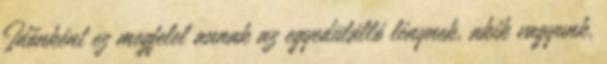
Időnként ez megfelel annak az egyedülálló lénynek, akik vagyunk,